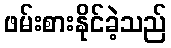
ဖမ်းစားနိုင်ခဲ့သည်